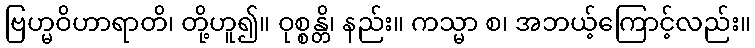
ဗြဟ္မဝိဟာရာတိ၊ တို့ဟူ၍။ ဝုစ္စန္တိ၊ နည်း။ ကသ္မာ စ၊ အဘယ့်ကြောင့်လည်း။